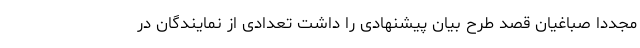
مجددا صباغیان قصد طرح بیان پیشنهادی را داشت تعدادی از نمایندگان در